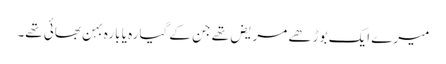
میرے ایک بوڑھے مریض تھے جن کے گیارہ یا بارہ بہن بھائی تھے۔